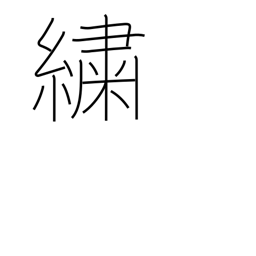
Meaning: figured cloth